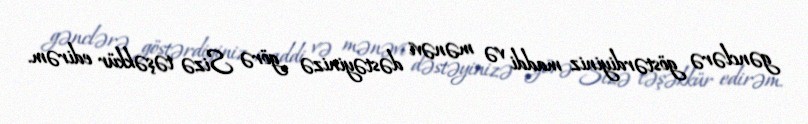
gənclərə göstərdiyiniz maddi və mənəvi dəstəyinizə görə Sizə təşəkkür edirəm.